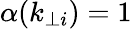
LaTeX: \alpha(k_{\perp i})=1